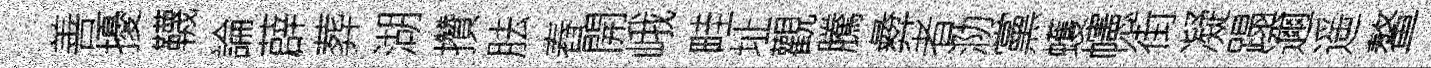
善擾韈論薜葬湖攢胠舂開峨畦址觀騰彜者泐黨蠖幰街凝蹋邇遥鳌